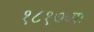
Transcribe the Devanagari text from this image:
१८१७च्या